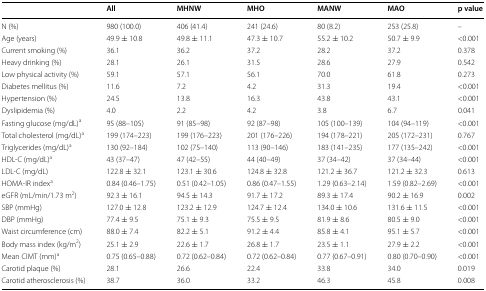
<table><thead><tr><td>[EMPTY_CELL]</td><td><b>All</b></td><td><b>MHNW</b></td><td><b>MHO</b></td><td><b>MANW</b></td><td><b>MAO</b></td><td><b>p value</b></td></tr></thead><tbody><tr><td>N (%)</td><td>980 (100.0)</td><td>406 (41.4)</td><td>241 (24.6)</td><td>80 (8.2)</td><td>253 (25.8)</td><td>–</td></tr><tr><td>Age (years)</td><td>49.9 ± 10.8</td><td>49.8 ± 11.1</td><td>47.3 ± 10.7</td><td>55.2 ± 10.2</td><td>50.7 ± 9.9</td><td>&lt;0.001</td></tr><tr><td>Current smoking (%)</td><td>36.1</td><td>36.2</td><td>37.2</td><td>28.2</td><td>37.2</td><td>0.378</td></tr><tr><td>Heavy drinking (%)</td><td>28.1</td><td>26.1</td><td>31.5</td><td>28.6</td><td>27.9</td><td>0.542</td></tr><tr><td>Low physical activity (%)</td><td>59.1</td><td>57.1</td><td>56.1</td><td>70.0</td><td>61.8</td><td>0.273</td></tr><tr><td>Diabetes mellitus (%)</td><td>11.6</td><td>7.2</td><td>4.2</td><td>31.3</td><td>19.4</td><td>&lt;0.001</td></tr><tr><td>Hypertension (%)</td><td>24.5</td><td>13.8</td><td>16.3</td><td>43.8</td><td>43.1</td><td>&lt;0.001</td></tr><tr><td>Dyslipidemia (%)</td><td>4.0</td><td>2.2</td><td>4.2</td><td>3.8</td><td>6.7</td><td>0.041</td></tr><tr><td>Fasting glucose (mg/dL)<sup>a</sup></td><td>95 (88–105)</td><td>91 (85–98)</td><td>92 (87–98)</td><td>105 (100–139)</td><td>104 (94–119)</td><td>&lt;0.001</td></tr><tr><td>Total cholesterol (mg/dL)<sup>a</sup></td><td>199 (174–223)</td><td>199 (176–223)</td><td>201 (176–226)</td><td>194 (178–221)</td><td>205 (172–231)</td><td>0.767</td></tr><tr><td>Triglycerides (mg/dL)<sup>a</sup></td><td>130 (92–184)</td><td>102 (75–140)</td><td>113 (90–146)</td><td>183 (141–235)</td><td>177 (135–242)</td><td>&lt;0.001</td></tr><tr><td>HDL-C (mg/dL)<sup>a</sup></td><td>43 (37–47)</td><td>47 (42–55)</td><td>44 (40–49)</td><td>37 (34–42)</td><td>37 (34–44)</td><td>&lt;0.001</td></tr><tr><td>LDL-C (mg/dL)</td><td>122.8 ± 32.1</td><td>123.1 ± 30.6</td><td>124.8 ± 32.8</td><td>121.2 ± 36.7</td><td>121.2 ± 32.3</td><td>0.613</td></tr><tr><td>HOMA-IR index<sup>a</sup></td><td>0.84 (0.46–1.75)</td><td>0.51 (0.42–1.05)</td><td>0.86 (0.47–1.55)</td><td>1.29 (0.63–2.14)</td><td>1.59 (0.82–2.69)</td><td>&lt;0.001</td></tr><tr><td>eGFR (mL/min/1.73 m<sup>2</sup>)</td><td>92.3 ± 16.1</td><td>94.5 ± 14.3</td><td>91.7 ± 17.2</td><td>89.3 ± 17.4</td><td>90.2 ± 16.9</td><td>0.002</td></tr><tr><td>SBP (mmHg)</td><td>127.0 ± 12.8</td><td>123.2 ± 12.9</td><td>124.7 ± 12.4</td><td>134.0 ± 10.6</td><td>131.6 ± 11.5</td><td>&lt;0.001</td></tr><tr><td>DBP (mmHg)</td><td>77.4 ± 9.5</td><td>75.1 ± 9.3</td><td>75.5 ± 9.5</td><td>81.9 ± 8.6</td><td>80.5 ± 9.0</td><td>&lt;0.001</td></tr><tr><td>Waist circumference (cm)</td><td>88.0 ± 7.4</td><td>82.2 ± 5.1</td><td>91.2 ± 4.4</td><td>85.8 ± 4.1</td><td>95.1 ± 5.7</td><td>&lt;0.001</td></tr><tr><td>Body mass index (kg/m<sup>2</sup>)</td><td>25.1 ± 2.9</td><td>22.6 ± 1.7</td><td>26.8 ± 1.7</td><td>23.5 ± 1.1</td><td>27.9 ± 2.2</td><td>&lt;0.001</td></tr><tr><td>Mean CIMT (mm)<sup>a</sup></td><td>0.75 (0.65–0.88)</td><td>0.72 (0.62–0.84)</td><td>0.72 (0.62–0.84)</td><td>0.77 (0.67–0.91)</td><td>0.80 (0.70–0.90)</td><td>&lt;0.001</td></tr><tr><td>Carotid plaque (%)</td><td>28.1</td><td>26.6</td><td>22.4</td><td>33.8</td><td>34.0</td><td>0.019</td></tr><tr><td>Carotid atherosclerosis (%)</td><td>38.7</td><td>36.0</td><td>33.2</td><td>46.3</td><td>45.8</td><td>0.008</td></tr></tbody></table>